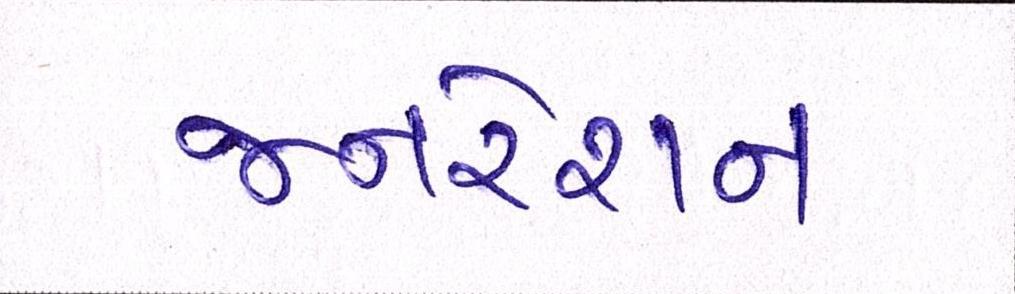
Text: જનરેશન